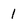
Character: I